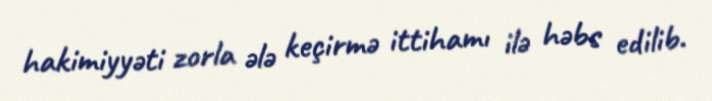
hakimiyyəti zorla ələ keçirmə ittihamı ilə həbs edilib.